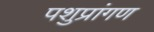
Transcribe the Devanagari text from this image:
पशुप्रांगण